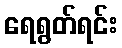
ရေရွတ်ရင်း